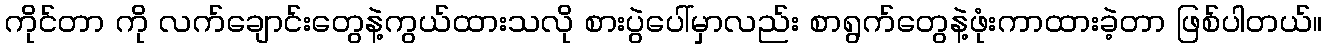
ကိုင်တာ ကို လက်ချောင်းတွေနဲ့ကွယ်ထားသလို စားပွဲပေါ်မှာလည်း စာရွက်တွေနဲ့ဖုံးကာထားခဲ့တာ ဖြစ်ပါတယ်။